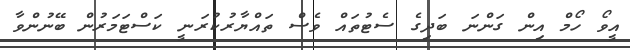
އީވޯ ހޯމް އިން ގަންނަ ބަދިގެ ސެޓުތައް ވެސް ތައްޔާރުކުރަނީ ކަސްޓަމަރުން ބޭނުންވާ